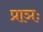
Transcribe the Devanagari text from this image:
प्राञः